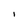
Character: I